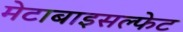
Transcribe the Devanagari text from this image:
मेटाबाइसल्फेट